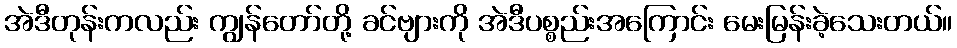
အဲဒီတုန်းကလည်း ကျွန်တော်တို့ ခင်ဗျားကို အဲဒီပစ္စည်းအကြောင်း မေးမြန်းခဲ့သေးတယ်။